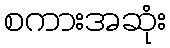
စကားအဆုံး